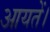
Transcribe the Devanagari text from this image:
आयतें।